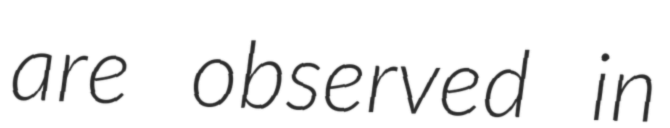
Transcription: are observed in